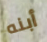
أبنه